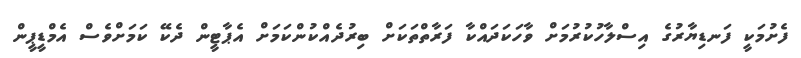
ފެށުމަކީ ފަނޑިޔާރުގެ އިސްލާހުކުރުމަށް ވާހަކަދައްކާ ފަރާތްތަކަށް ބިރުދެއްކުންކަމަށް އެޕާޓީން ދެކޭ ކަމަށްވެސް އެމްޑީޕީން